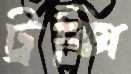
ট্রক্সি